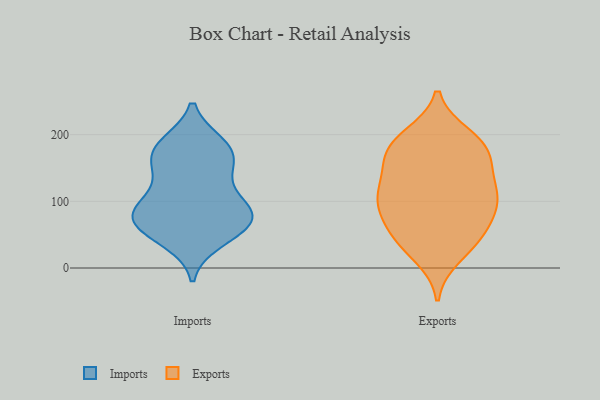
{"axis": {"x": "Waste Production (Tons)", "y": "Value"}, "legend": ["Exports", "Imports"], "data": [{"x": "", "y": 170, "type": "Imports"}, {"x": "", "y": 61, "type": "Imports"}, {"x": "", "y": 41, "type": "Imports"}, {"x": "", "y": 76, "type": "Imports"}, {"x": "", "y": 82, "type": "Imports"}, {"x": "", "y": 150, "type": "Imports"}, {"x": "", "y": 130, "type": "Imports"}, {"x": "", "y": 155, "type": "Imports"}, {"x": "", "y": 87, "type": "Imports"}, {"x": "", "y": 185, "type": "Imports"}, {"x": "", "y": 103, "type": "Imports"}, {"x": "", "y": 186, "type": "Imports"}, {"x": "", "y": 49, "type": "Imports"}, {"x": "", "y": 180, "type": "Imports"}, {"x": "", "y": 79, "type": "Imports"}, {"x": "", "y": 87, "type": "Imports"}, {"x": "", "y": 65, "type": "Imports"}, {"x": "", "y": 46, "type": "Exports"}, {"x": "", "y": 160, "type": "Exports"}, {"x": "", "y": 166, "type": "Exports"}, {"x": "", "y": 154, "type": "Exports"}, {"x": "", "y": 101, "type": "Exports"}, {"x": "", "y": 40, "type": "Exports"}, {"x": "", "y": 79, "type": "Exports"}, {"x": "", "y": 114, "type": "Exports"}, {"x": "", "y": 42, "type": "Exports"}, {"x": "", "y": 182, "type": "Exports"}, {"x": "", "y": 183, "type": "Exports"}, {"x": "", "y": 107, "type": "Exports"}, {"x": "", "y": 193, "type": "Exports"}, {"x": "", "y": 121, "type": "Exports"}, {"x": "", "y": 69, "type": "Exports"}, {"x": "", "y": 89, "type": "Exports"}, {"x": "", "y": 198, "type": "Exports"}, {"x": "", "y": 114, "type": "Exports"}, {"x": "", "y": 18, "type": "Exports"}]}